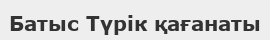
Батыс Түрік қағанаты